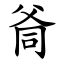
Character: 㸗